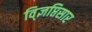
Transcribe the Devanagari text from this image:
वि्ज्ञप्तिसार